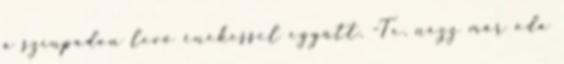
a színpadon levő énekessel együtt. -Te, nézz már oda